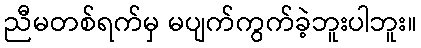
ညီမတစ်ရက်မှ မပျက်ကွက်ခဲ့ဘူးပါဘူး။